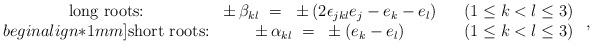
\begin{align*} \begin{array}{cccc} \mbox{long roots:} & \pm \, \beta_{kl}~=~\pm (2 \epsilon_{jkl} e_j - e_k - e_l) & & (1 \leq k < l \leq 3) \\begin{align*}1mm] \mbox{short roots:} & \pm \, \alpha_{kl}~=~\pm (e_k - e_l) & & (1 \leq k < l \leq 3) \end{array}~,\end{align*}